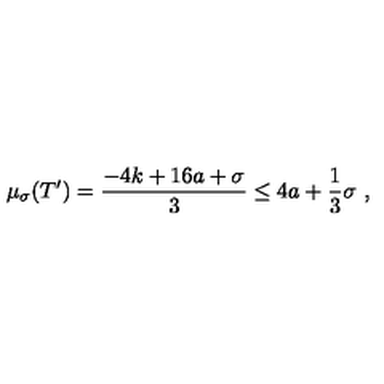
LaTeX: \mu _ { \sigma } ( T ^ { \prime } ) = \frac { - 4 k + 1 6 a + \sigma } { 3 } \leq 4 a + \frac { 1 } { 3 } \sigma \ ,